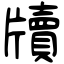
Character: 牘